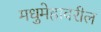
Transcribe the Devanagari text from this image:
मधुमेहावरील